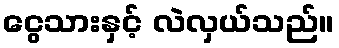
ငွေသားနှင့် လဲလှယ်သည်။